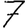
Digit: 7